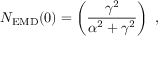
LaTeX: N _ { \mathrm { E M D } } ( 0 ) = \left( \frac { \gamma ^ { 2 } } { \alpha ^ { 2 } + \gamma ^ { 2 } } \right) \ ,